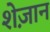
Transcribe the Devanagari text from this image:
शेज़ान